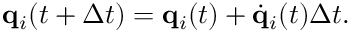
{ \bf q } _ { i } ( t + \Delta t ) = { \bf q } _ { i } ( t ) + \dot { { \bf q } } _ { i } ( t ) \Delta t .